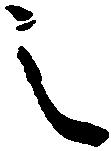
之